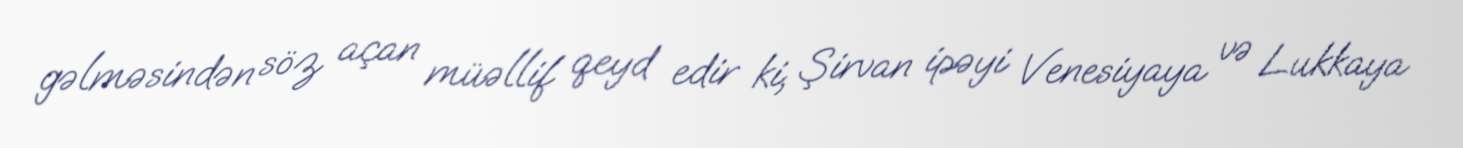
gəlməsindən söz açan müəllif qeyd edir ki, Şirvan ipəyi Venesiyaya və Lukkaya